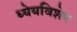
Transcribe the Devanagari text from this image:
ध्येयविशेष